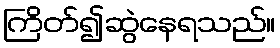
ကြိတ်၍ဆွဲနေရသည်။